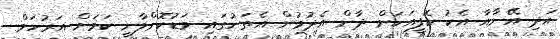
އަދި އޭނާއާ އެކު ކޮފީއަކަށް ދާން އެދުމުން އެތަނުގައި މަޑުކޮށްލާނީ ކަމަށް އަރުހަމް